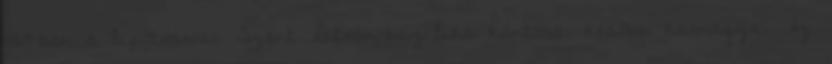
1869-ben a lipótvárosi Szent István-bazilika kántora, később karnagya. Az